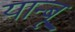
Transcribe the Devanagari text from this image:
यान्बू